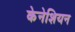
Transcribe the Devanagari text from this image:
केनेशियन